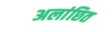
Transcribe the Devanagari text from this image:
अलांछित